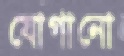
যোগানো